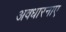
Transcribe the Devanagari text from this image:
अवधारनाए